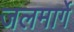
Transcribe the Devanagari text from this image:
जलमार्गे